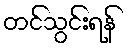
တင်သွင်းရန်